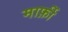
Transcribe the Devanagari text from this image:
मार्फ़ी